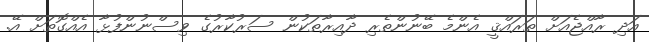
އަދި ރާއްޖެއަށް ތަރައްޤީ އެންމެ ބޭނުންތެރި ދާއިރާތަކުން ސަރުކާރުގެ ވިސްނުންފުޅާ އެއްގޮތަށް އޭ.